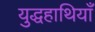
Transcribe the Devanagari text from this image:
युद्धहाथियाँ